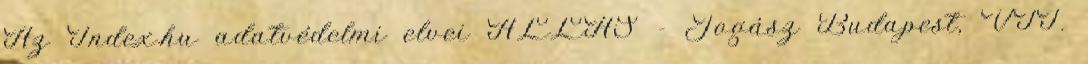
Az Index.hu adatvédelmi elvei ÁLLÁS - Jogász Budapest, VII.